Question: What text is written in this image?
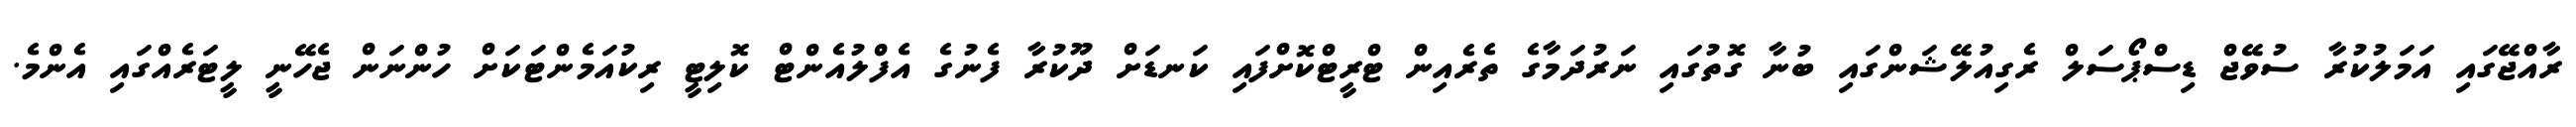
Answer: ރާއްޖޭގައި އަމަލުކުރާ ސުވޭޖް ޑިސްޕޯސަލް ރެގިއުލޭޝަންގައި ބުނާ ގޮތުގައި ނަރުދަމާގެ ތެރެއިން ޓްރީޓްކޮށްފައި ކަނޑަށް ދޫކުރާ ފެނުގެ އެފްލުއެންޓް ކޮލިޓީ ރިކުއަމެންޓަކަށް ހުންނަން ޖެހޭނީ ލީޓަރެއްގައި އެންމެ.